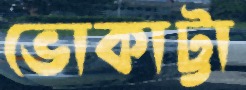
ভোকাট্টা